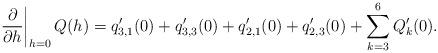
LaTeX: \begin{align*}\left.\frac{\partial}{\partial h}\right|_{h=0}Q(h)= q_{3,1}'(0)+q_{3,3}'(0)+q_{2,1}'(0)+q_{2,3}'(0)+\sum\limits_{k=3}^6Q_k'(0).\end{align*}